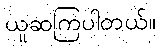
ယူဆကြပါတယ်။